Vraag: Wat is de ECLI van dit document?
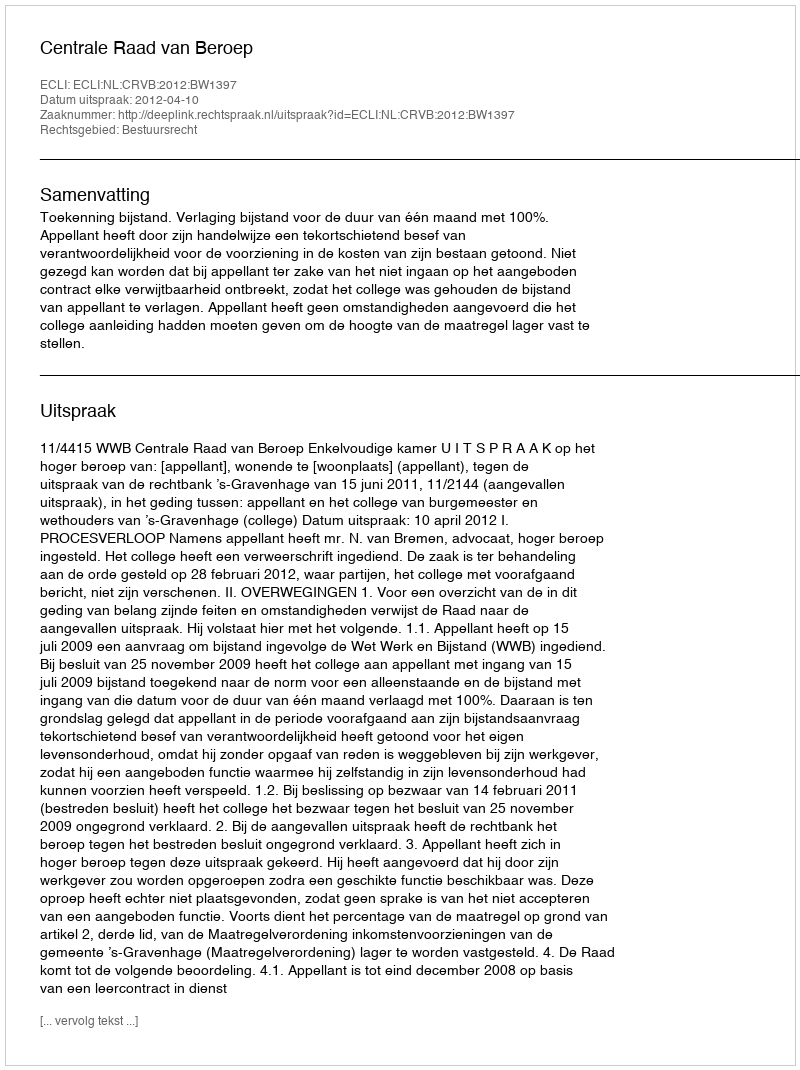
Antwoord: ECLI:NL:CRVB:2012:BW1397